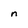
Character: n